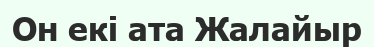
Он екі ата Жалайыр